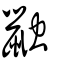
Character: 𪕕